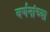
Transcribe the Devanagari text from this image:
वर्णनांच्या